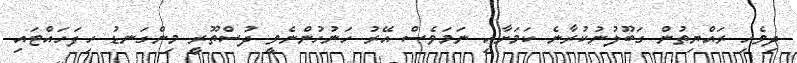
ދިވެހި ރައްޔިތުން ގަބޫލުނުކުރާނެ ކަމަށާއި ނަމަވެސް އޭރު ހަނުހުންނެވީ ދުސްތޫރީ މިންގަނޑު ހިފަހައްޓައި